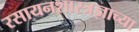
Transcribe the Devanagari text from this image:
रसायनशास्त्रज्ञाच्या